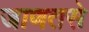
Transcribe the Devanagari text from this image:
जाणतसे